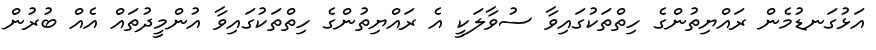
އަޅުގަނޑުމެން ރައްޔިތުންގެ ހިތްތަކުގައިވާ ސުވާލަކީ އެ ރައްޔިތުންގެ ހިތްތަކުގައިވާ އުންމީދުތައް އެއް ބުރުން